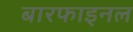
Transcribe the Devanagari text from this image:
बारफाइनल